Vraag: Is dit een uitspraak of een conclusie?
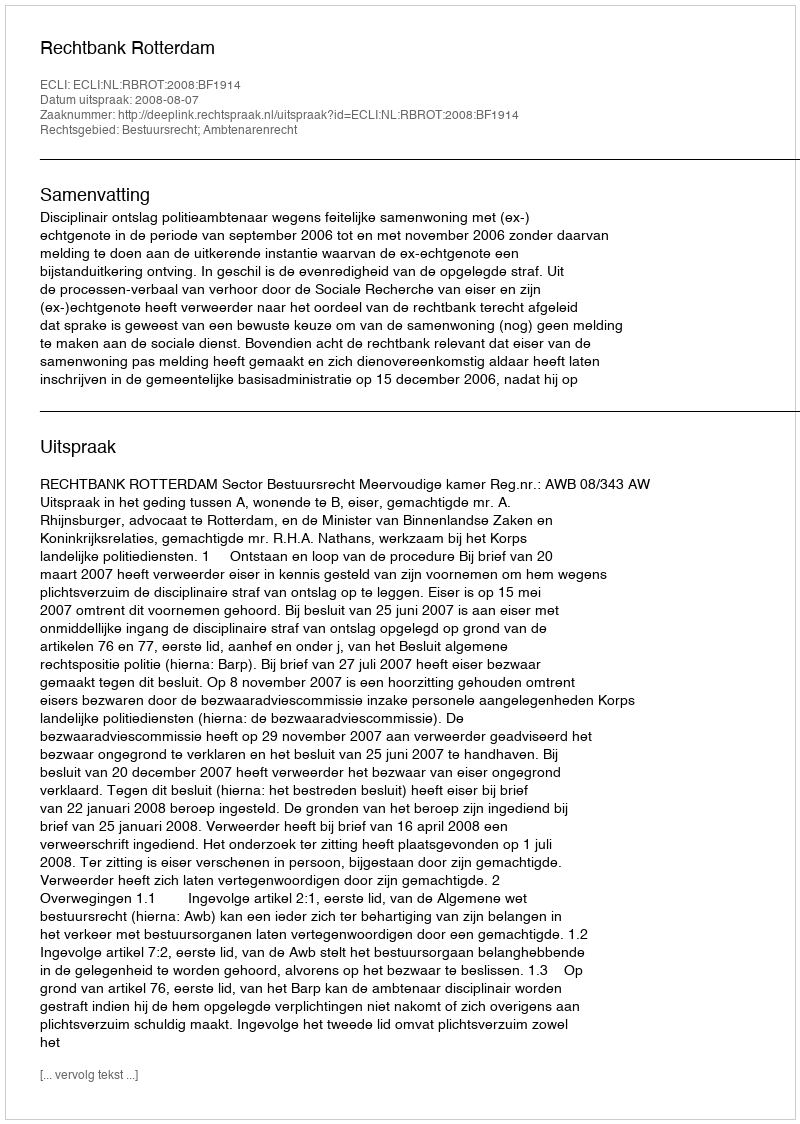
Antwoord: Uitspraak